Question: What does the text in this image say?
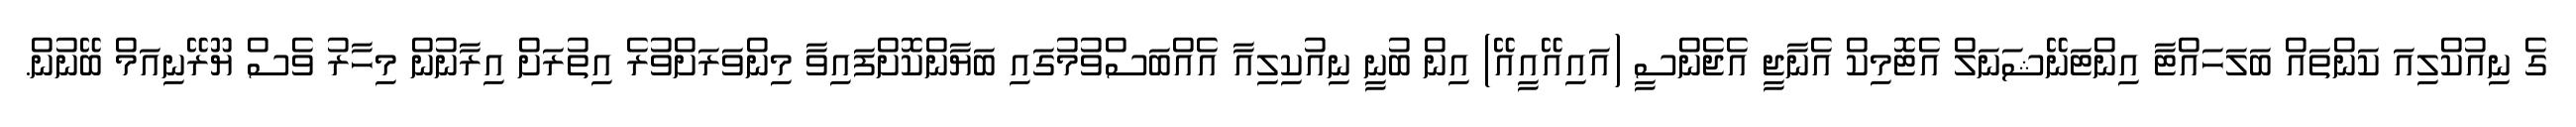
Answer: ގެ ނިއުކްލިއަ ކަންތައް ބަލަހައްޓާ އިންޓަނޭޝަނަލް އެޓޮމިކް އެނާޖީ އެޖެންސީ (އައިއޭއީއޭ) އިން ބުނީ ނިއުކިލިއާ އެއްބަސްވުމުގައި ބަޔާންކޮށްފައިވާ މިންވަރަށްވުރެ އިތުރަށް އިރާނުން މިހާރު ވެސް ޔޫރޭނިއަމް ބޭނުން.